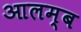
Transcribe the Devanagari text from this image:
आलम्ब